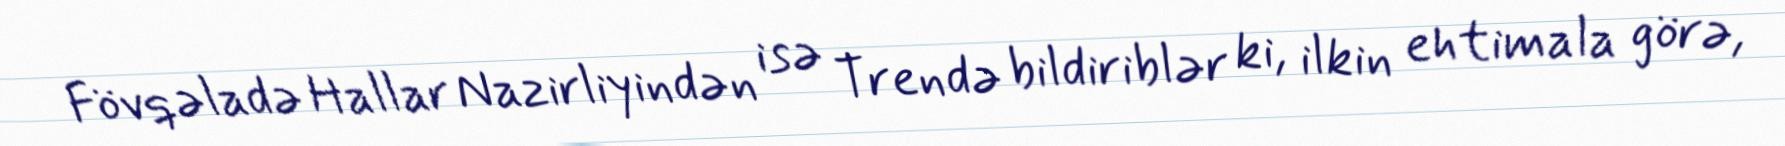
Fövqəladə Hallar Nazirliyindən isə Trendə bildiriblər ki, ilkin ehtimala görə,